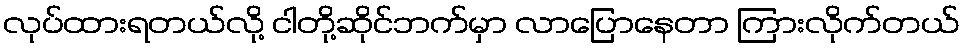
လုပ်ထားရတယ်လို့ ငါတို့ဆိုင်ဘက်မှာ လာပြောနေတာ ကြားလိုက်တယ်